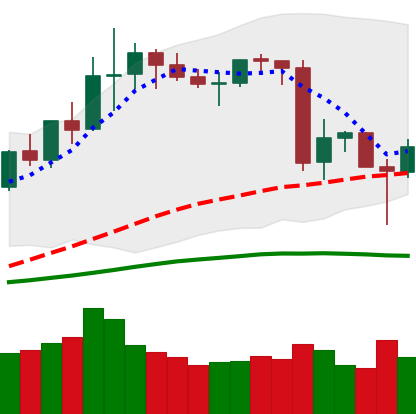
Ticker: LINK-USD
Chart end date: 2020-06-16
Forward return: 3.469%
Label: up_3_5